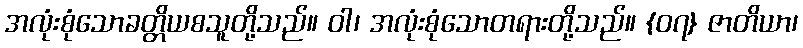
အလုံးစုံသောခတ္တိယစသူတို့သည်။ ဝါ၊ အလုံးစုံသောတရားတို့သည်။ {၀၇} ဇာတိယာ၊